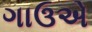
ગાઉએ